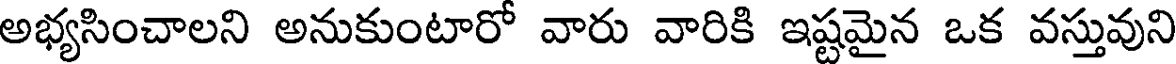
అభ్యసించాలని అనుకుంటారో వారు వారికి ఇష్టమైన ఒక వస్తువుని